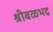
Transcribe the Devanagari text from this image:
श्रीबळभद्र